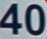
40